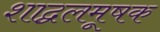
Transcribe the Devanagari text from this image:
शाद्वलमूषक